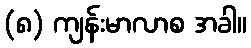
(၈) ကျန်းမာလာစ အခါ။